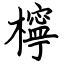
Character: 檸